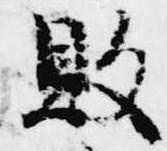
敗